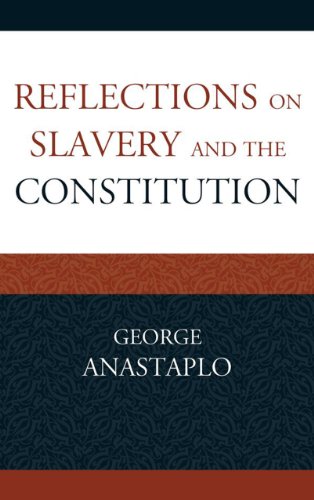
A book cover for Reflections on Slavery and the Constitution (Studies in Marxism and Humanism); George Anastaplo; Law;